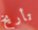
تأريخ